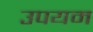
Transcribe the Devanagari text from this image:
उपयम